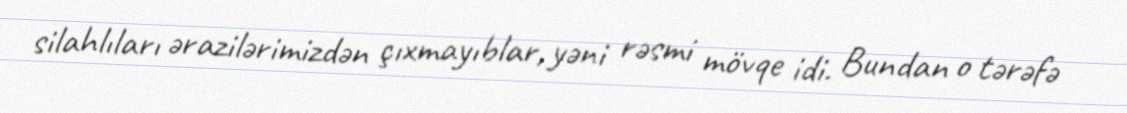
silahlıları ərazilərimizdən çıxmayıblar, yəni rəsmi mövqe idi. Bundan o tərəfə